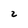
Character: z